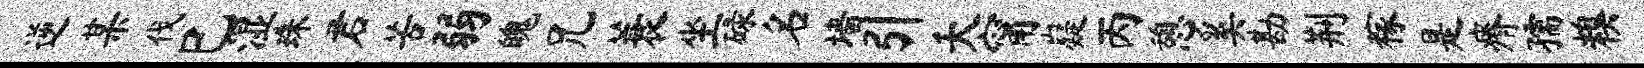
逆某伐巳湿珠君苦弱魄兄蓑坐碌名墙引夭甯嶷丙憩奚勘荆稼是瘠孺糗